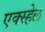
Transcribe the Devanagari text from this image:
एक्स्हेल